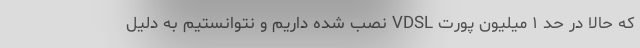
که حالا در حد ۱ میلیون پورت VDSL نصب شده داریم و نتوانستیم به دلیل